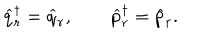
\widehat q _ { r } ^ { \dagger } = \widehat q _ { r } , \qquad \widehat p _ { r } ^ { \dagger } = \widehat p _ { r } .